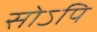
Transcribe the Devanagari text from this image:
सोऽपि